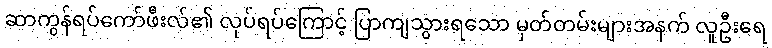
ဆာကွန်ရပ်ကော်ဖီးလ်၏ လုပ်ရပ်ကြောင့် ပြာကျသွားရသော မှတ်တမ်းများအနက် လူဦးရေ